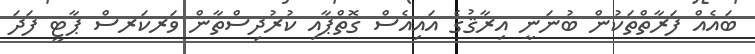
ބައެއް ފަރާތްތަކުން ބުނަނީ އިރާޤުގެ އައިއެސް ގޮތްޕާއި ކުރުދިސްތާން ވަރކަރސް ޕާޓީ ފަދަ